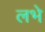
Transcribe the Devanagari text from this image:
लभे